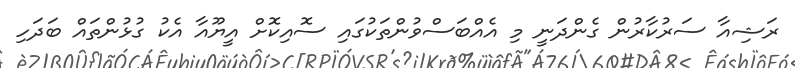
ރަޝިއާ ސަރުކާރުން ގެންދަނީ މި އެއްބަސްވުންތަކުގައި ސޮއިކޮށް އީޔޫއާ އެކު ގުޅުންތައް ބަދަހި